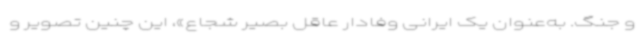
و جنگ. به‌عنوان یک ایرانی وفادار عاقل بصیر شجاع»، این چنین تصویر و